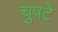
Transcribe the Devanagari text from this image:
चुपटे